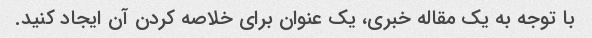
با توجه به یک مقاله خبری، یک عنوان برای خلاصه کردن آن ایجاد کنید.